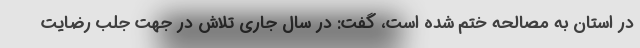
در استان به مصالحه ختم شده است، گفت: در سال جاری تلاش در جهت جلب رضایت